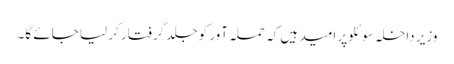
وزیر داخلہ سوئلو پر امید ہیں کہ حملہ آور کو جلد گرفتار کر لیا جائے گا۔